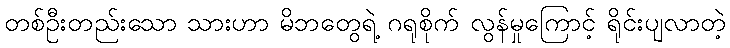
တစ်ဦးတည်းသော သားဟာ မိဘတွေရဲ့ ဂရုစိုက် လွန်မှုကြောင့် ရိုင်းပျလာတဲ့